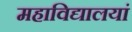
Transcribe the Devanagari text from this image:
महाविद्यालयां